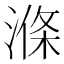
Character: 𣺢